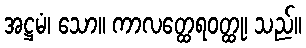
အဋ္ဌမံ၊ သော။ ကာလတ္ထေရဝတ္ထု၊ သည်။